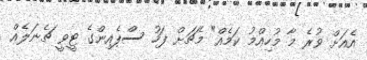
އެއަށް ވުރެ މާ މުހިއްމު ކަމެއް" މެޗަށް ފަހު ސްޕެއިންގެ ޓީވީ ޗެނަލެއް